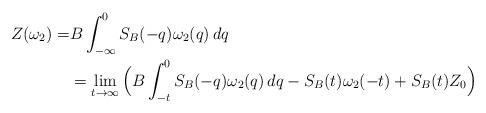
LaTeX: \begin{align*} Z(\omega_2)=&B\int_{-\infty}^0 S_B(-q)\omega_2(q)\, dq\\ &=\lim_{t\to\infty}\Big(B\int_{-t}^0 S_B(-q)\omega_2(q)\, dq-S_B(t)\omega_2(-t)+S_B(t)Z_0\Big) \end{align*}